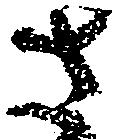
さ